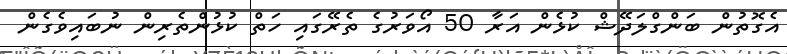
އެގޮތުން ބަންގްލަދޭޝް ކުޅެން އަރާ 50 އޯވަރުގެ ތެރޭގައި ހަތް ކުޅުންތެރިން ނުބައިވެގެން